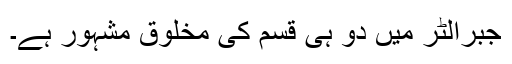
جبرالٹر میں دو ہی قسم کی مخلوق مشہور ہے۔